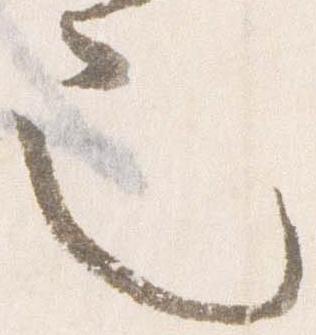
也